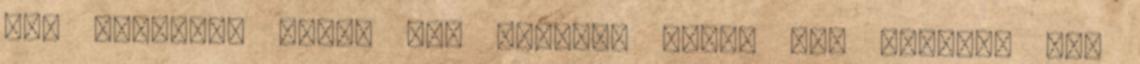
90M gyakorló sapka 93M esővédő kabát 93M pulóver Mit